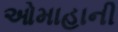
ઓમાહાની